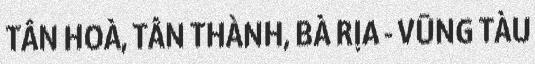
TÂN HOÀ, TÂN THÀNH, BÀ RỊA - VŨNG TÀU